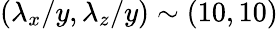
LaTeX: (\lambda_{x}/y,\lambda_{z}/y)\sim(10,10)